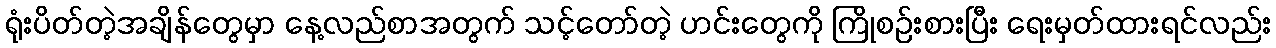
ရုံးပိတ်တဲ့အချိန်တွေမှာ နေ့လည်စာအတွက် သင့်တော်တဲ့ ဟင်းတွေကို ကြိုစဉ်းစားပြီး ရေးမှတ်ထားရင်လည်း